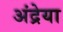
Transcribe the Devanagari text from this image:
अंद्रेया